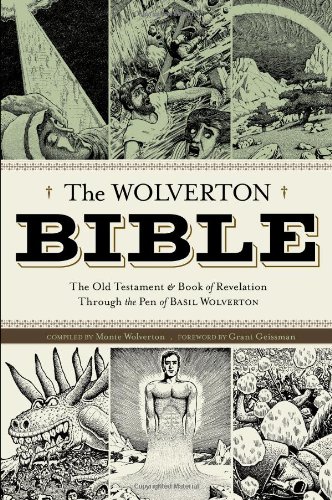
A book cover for The Wolverton Bible; Basil Wolverton; Comics & Graphic Novels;